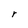
Character: r